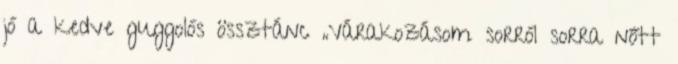
jó a kedve guggolós össztánc „Várakozásom sorról sorra nőtt